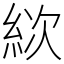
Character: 絘